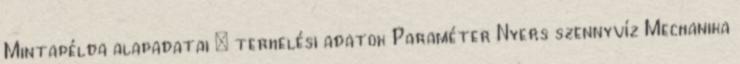
Mintapélda alapadatai – terhelési adatok Paraméter Nyers szennyvíz Mechanika